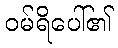
ဝမ်ရိပေါ်၏